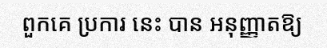
ពួកគេ ប្រការ នេះ បាន អនុញ្ញាតឱ្យ